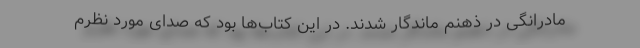
مادرانگی در ذهنم ماندگار شدند. در این کتاب‌ها بود که صدای مورد نظرم